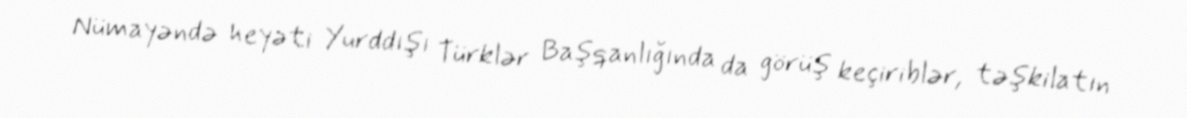
Nümayəndə heyəti Yurddışı Türklər Başqanlığında da görüş keçiriblər, təşkilatın